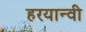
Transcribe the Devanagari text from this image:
हरयान्वी